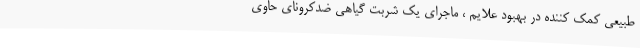
طبیعی کمک کننده در بهبود علایم ، ماجرای یک شربت گیاهی ضدکرونای حاوی